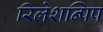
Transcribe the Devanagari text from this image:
रिलेशन्षिप